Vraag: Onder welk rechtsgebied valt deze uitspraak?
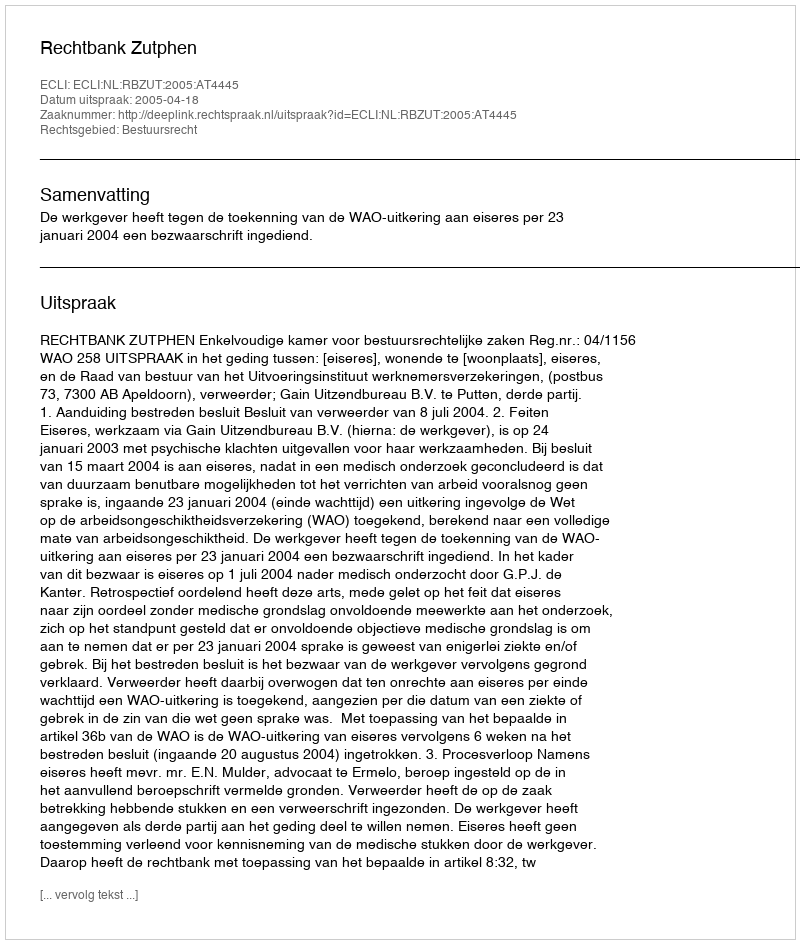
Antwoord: Bestuursrecht